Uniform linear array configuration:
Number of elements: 8
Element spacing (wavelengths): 0.5
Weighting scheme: kaiser
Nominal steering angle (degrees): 60
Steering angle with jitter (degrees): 60.07
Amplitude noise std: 0.05
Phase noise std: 0.05

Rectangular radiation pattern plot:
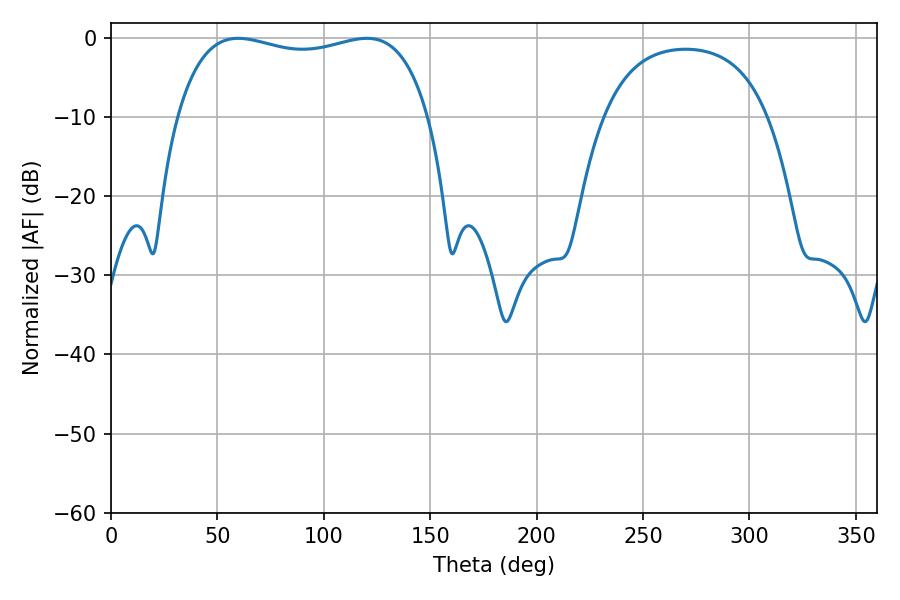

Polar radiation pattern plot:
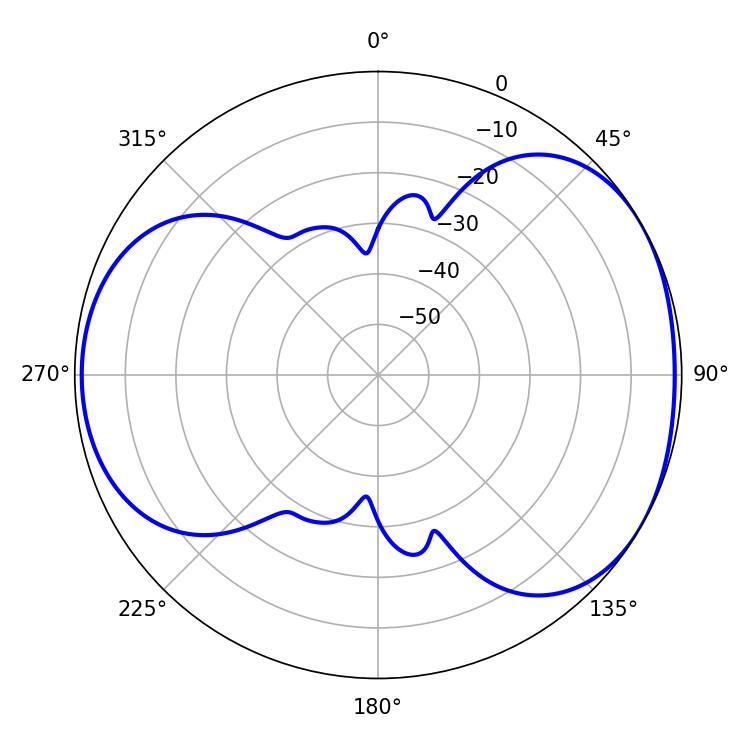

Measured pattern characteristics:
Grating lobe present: FALSE
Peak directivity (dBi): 4.588
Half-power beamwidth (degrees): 96.12
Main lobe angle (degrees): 59.76